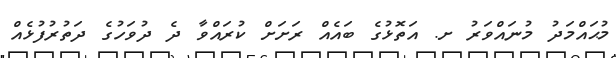
މުޙައްމަދު މުނައްވަރު ށ. އަތޮޅުގެ ބައެއް ރަށަށް ކުރައްވާ ދެ ދުވަހުގެ ދަތުރުފުޅެއް